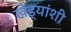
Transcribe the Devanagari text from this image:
खेड्यांशी